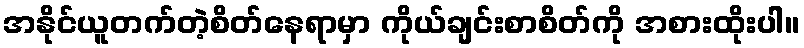
အနိုင်ယူတက်တဲ့စိတ်နေရာမှာ ကိုယ်ချင်းစာစိတ်ကို အစားထိုးပါ။